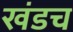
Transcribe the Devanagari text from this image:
खंडच